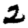
Digit: 2